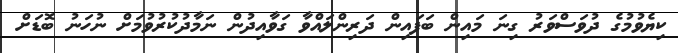
ކިޔެވުމުގެ ދުވަސްވަރު ގިނަ މައިން ބަފައިން ދަރިންލައްވާ ގަވާއިދުން ނަމާދުކުރުވުމަށް ނުހަނު ބޮޑަށް